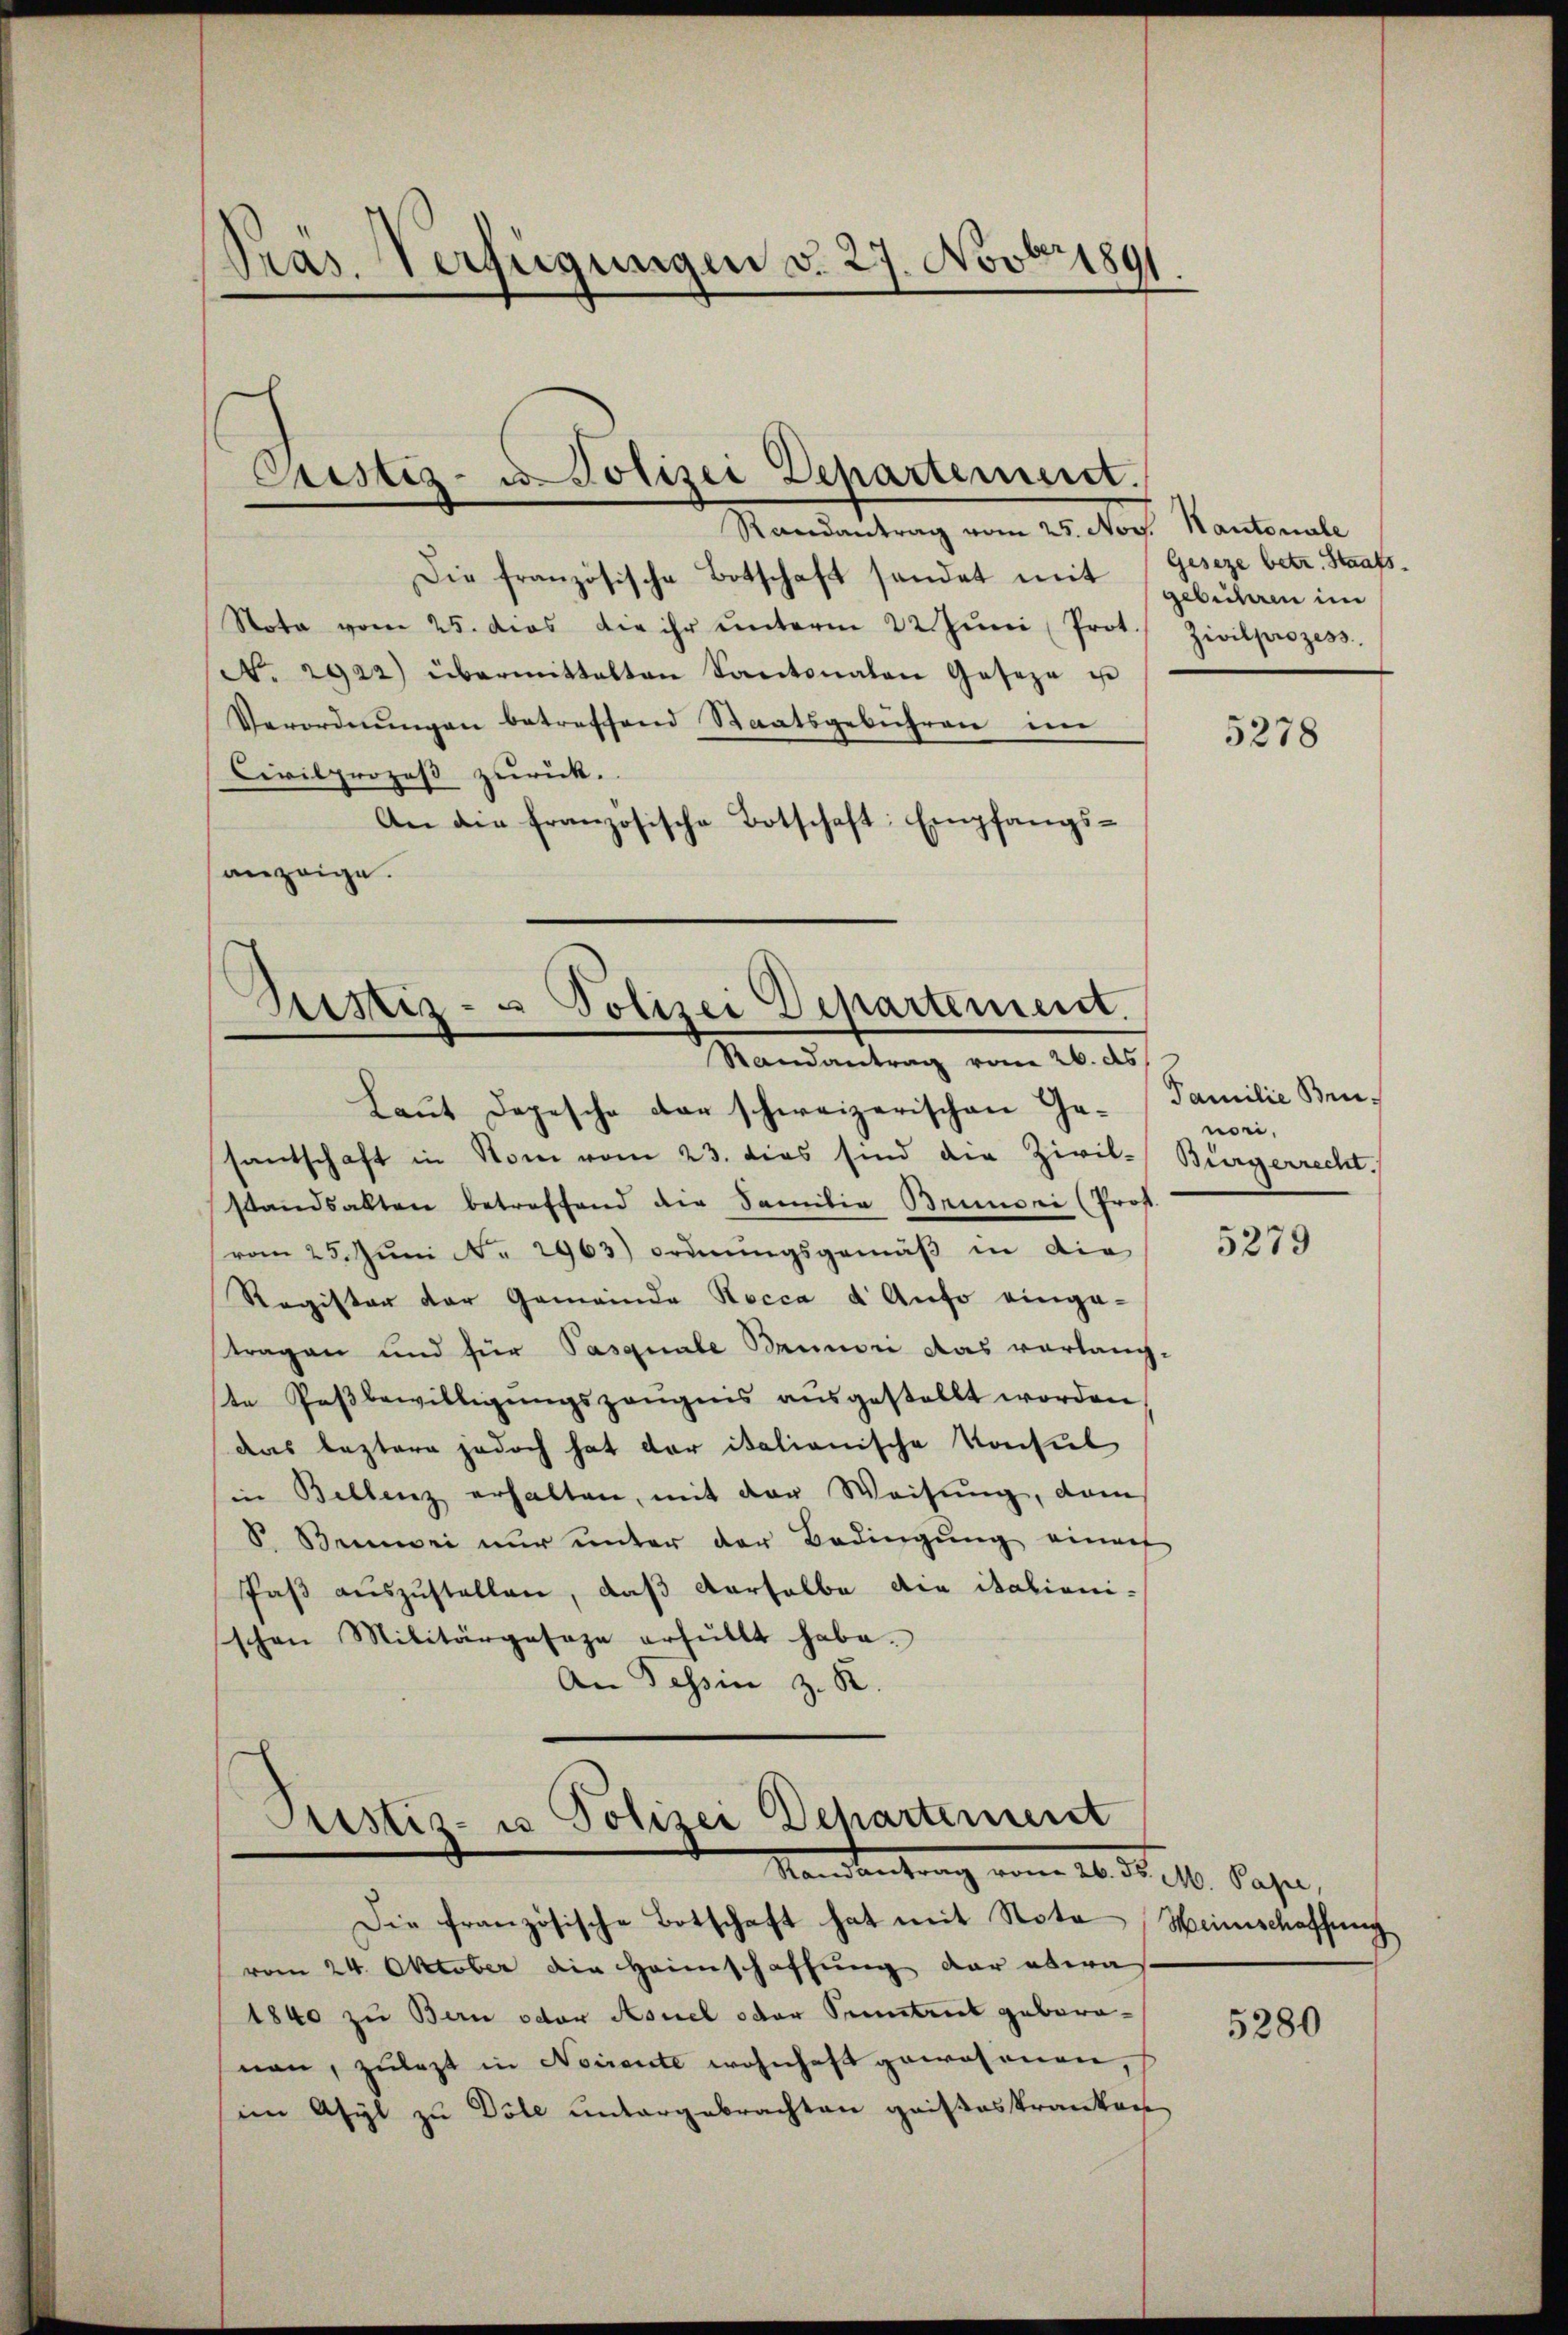
Pras. Verfügungen v. 27. Novbr. 1891

Pristiz- u. Polizei Departement.

Randantrag vom 25. Nov. Kantonale
Die französische Botschaft sendet mit gebühren im
Nota vom 25. dies die ihr ŭnterm 22. Jŭni Prot.
N. 2922) übermittalten Kantonalen Gosoza ist
Verordnungen betreffend Staatsgebühren in
Civilprozeß zurück.
An die französische Botschaft: Empfangsanzeige.

.
Justiz- u Polizei Departement.
Randantrag von 26. ds

Justiz- u Polizei Departement
Mandantung vom 16. d. 10. Pässe,

Die französische Botschaft hat mit Note Heimschaffung
vom 24. Oktober die Heimschaffung der etwa
1840 zu Bern oder Asuel oder Sentes geborenen, zulezt in Noiente wohnhaft gewesenen,
im Asyl zu Döle untergebrachten gaisteskranken

Geseze betr. Staats
Zivilprozess

Laut Depesche der schweizerischen Gesantschaft in Rom vom 23. dies sind die Zivil-Bürgerrecht.
standsalten betreffend die Familia Brunoni (Prof.
vom 25. Jŭni Nr. 2963) Ordnŭngsgemäβ in die
Register der Gemeinde Rocca d Aufo einge-
tragen und für Pasquale Brunori das verlang-
te Paßbewilligungszeugnis ausgestellt worden
das leztere jedoch hat der italianische Konsul
in Bellenz erhalten, mit der Weisung, dam
S. Beiwri nŭr ŭnter der Bedingŭng eine
Paβ aŭszŭstellen, daß derselbe die italioni-
schen Militärgesage erfüllt habe.
An Tessin z. R.

5278

Familie Brunori.

5279

5280